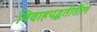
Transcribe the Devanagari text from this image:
विवाहपद्धतीतील